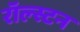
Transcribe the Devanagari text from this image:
रॉल्स्टन